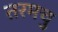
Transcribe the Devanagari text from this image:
तरमचु